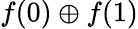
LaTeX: f(0)\oplus f(1)